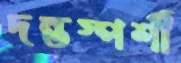
দন্তস্পর্শী